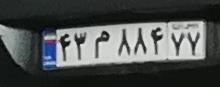
۴۳م۸۸۴۷۷